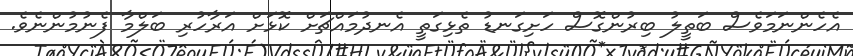
އެހެންނަމަވެސް ބަތީލު ބިރުންގޮސް ހަށިގަނޑު ތެޅިގަތީ އެނދުމައްޗަށް ކޮޅަށް އަރާހުރި ބަލްމާ ފެނުމުންނެވެ.